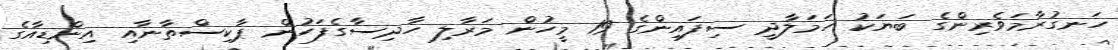
ހަނގުރާމަވެރިންގެ ބަޔަކު ހަމަލާދީ ސިފައިންގެ 19 މީހުން މަރާލި ހާދިސާގެފަހުން ޕާކިސްތާނާއި އިންޑިއާގެ